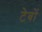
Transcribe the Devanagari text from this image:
टेबों